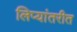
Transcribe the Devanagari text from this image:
लिप्यांतरीत